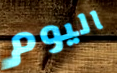
اليوم